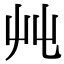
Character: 𡴂